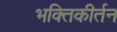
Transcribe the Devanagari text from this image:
भक्तिकीर्तन